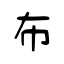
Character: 布